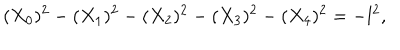
LaTeX: ( X _ { 0 } ) ^ { 2 } - ( X _ { 1 } ) ^ { 2 } - ( X _ { 2 } ) ^ { 2 } - ( X _ { 3 } ) ^ { 2 } - ( X _ { 4 } ) ^ { 2 } = - l ^ { 2 } ,